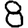
Digit: 8